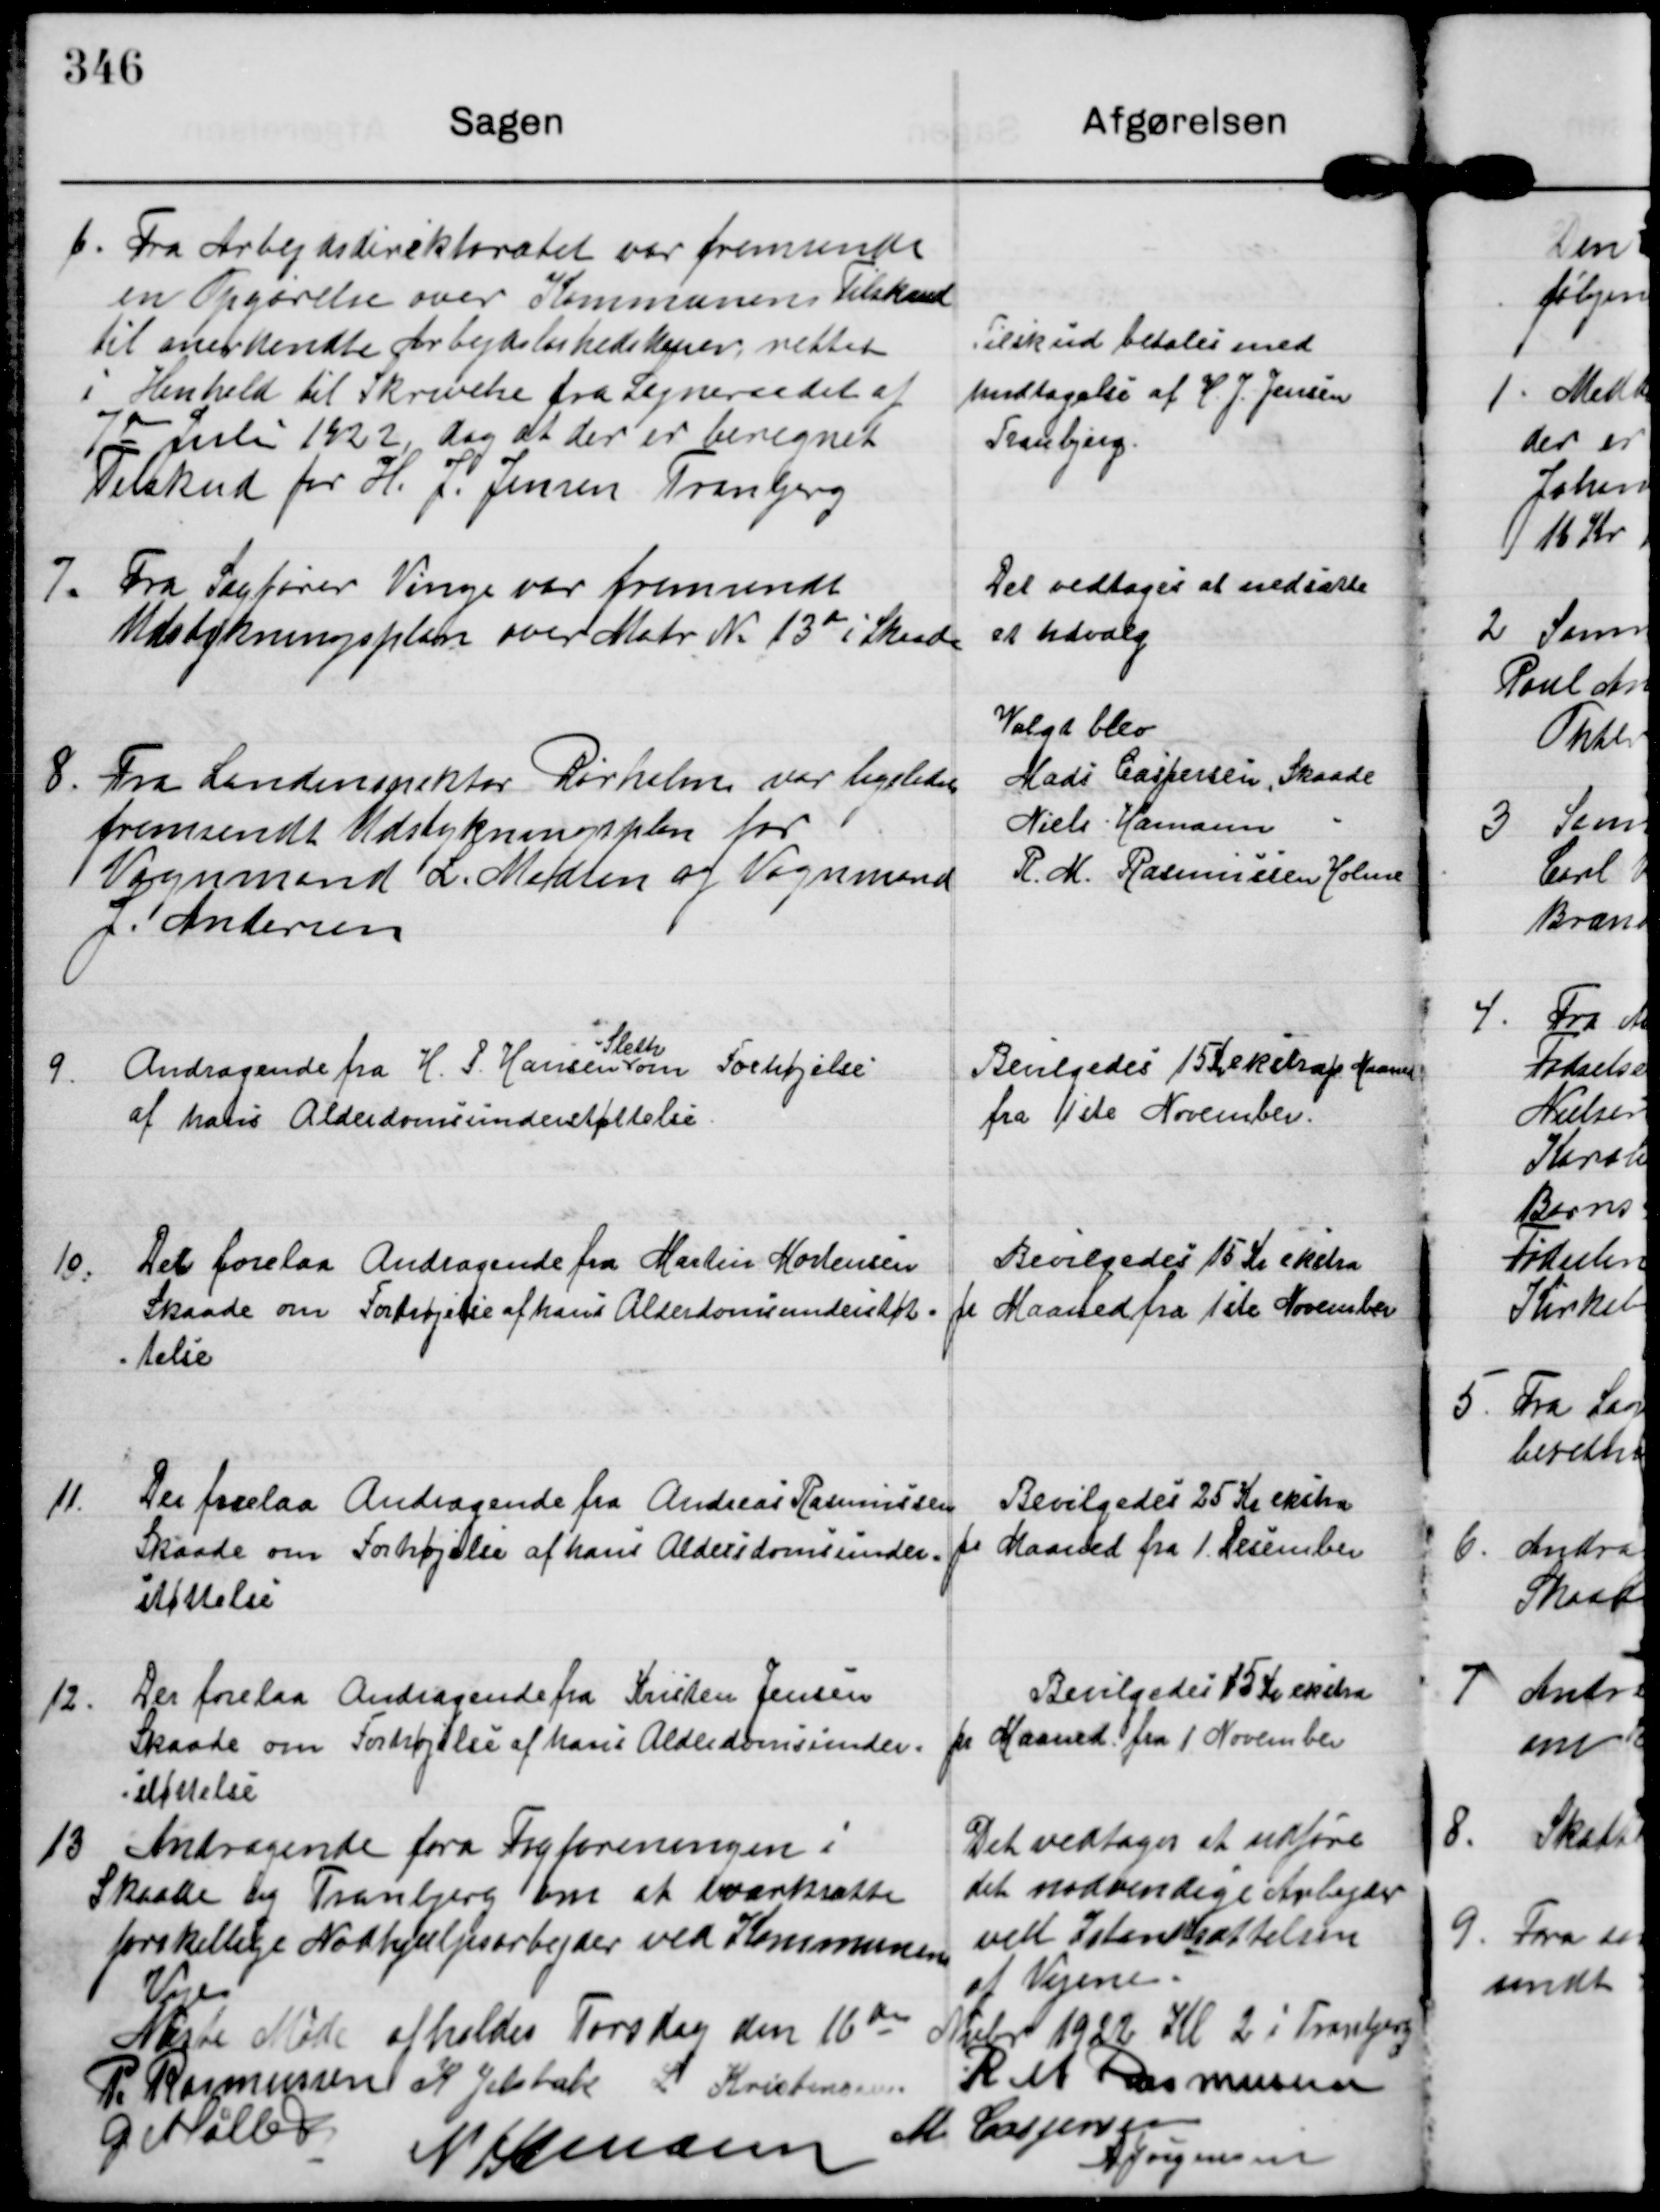
Transskription:
6. Fra Arbejdsdirektoratet var fremsendt
en Opgørelse over Kommunens Tilskud
til anerkendte Arbejdsløshedskasser retter
i Henhold til Skrivelse fra Sogneraadet af
7de Juli 1922, dog at der er beregnet
Tilskud for H. J. Jensen Tranbjerg

Tilskud betales med
undtagelse af H. J. Jensen
Tranbjerg.

7. Fra Sagfører Vinge var fremsendt
Udstykningsplan over Matr N. 13de i Skaade

Det vedtoges at nedsætte
et Udvalg

8. Fra Landinspektør Rørholm var ligeledes
fremsendt Udstykningsplan for
Vognmand L. Madsen og Vognmand
J. Andersen

Valgt blev
Mads Caspersen, Skaade
Niels Hamann   "
R. M. Rasmussen Holme

9.
Andragende fra H. P. Hansen 
Sleth
om Forhøjelse 
af hans Alderdomsunderstøttelse.

Bevilgedes 15 Kr ekstra pr. Maaned
fra 1ste November.

10.
Der forelaa Andragende fra Martin Mortensen
Skaade om Forhøjelse af hans Alderdomsunderstøt-
telse.

Bevilgedes 15 Kr ekstra
pr Maaned fra 1ste November

11.
Der forelaa Andragende fra Andreas Rasmussen
Skaade om Forhøjelse af hans Aldersdomsunder-
støttelse

Bevilgedes 25 Kr ekstra
pr Maaned fra 1. Desember

12. Der forelaa Andragende fra Kristen Jensen
Skaade om Forhøjelse af hans Alderdomsunder-
støttelse

Bevilgedes 15 Kr ekstra
pr Maaned fra 1. November

13 Andragende fra Fagforeningen i
Skaade og Tranbjerg om at iværksætte
forskellige Nødhjælpsarbejder ved Kommunens
Veje

Det vedtoges at udføre
det nødvendige Arbejder
ved Istandsættelsen
af Vejene.

Næste Møde afholdes Torsdag den 16de Nvbr 1922 Kl 2 iTranbjerg

P. Rasmussen

K Jelsbak

L Kristensen

R M Rasmussen

G Møller

N Hamann

M Caspersen

A Jørgensen